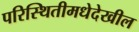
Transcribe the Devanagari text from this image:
परिस्थितीमधेदेखील